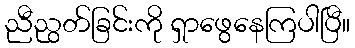
ညီညွတ်ခြင်းကို ရှာဖွေနေကြပါပြီ။